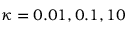
\kappa = 0 . 0 1 , 0 . 1 , 1 0